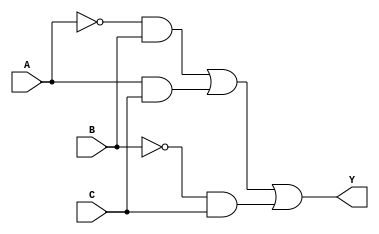
module combinational_logic (
    input wire A,  // Input variable A
    input wire B,  // Input variable B
    input wire C,  // Input variable C
    output wire Y  // Output variable Y
);

// Combinational logic implementation based on the minimized expression
assign Y = (~A & B) | (A & C) | (~B & C);

endmodule